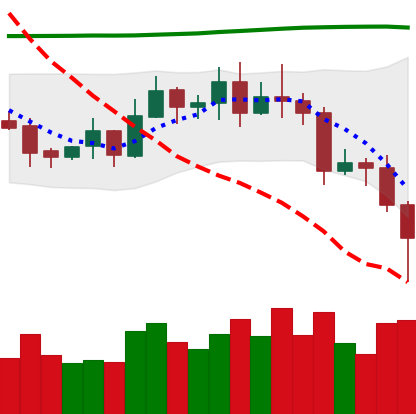
Ticker: EOS-USD
Chart end date: 2020-11-03
Forward return: 7.563%
Label: up_7plus